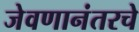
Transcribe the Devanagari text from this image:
जेवणानंतरचे